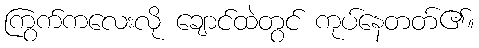
ကြွက်ကလေးလို ချောင်ထဲတွင် ကုပ်နေတတ်၏။